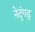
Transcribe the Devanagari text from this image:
नेदुंगडु